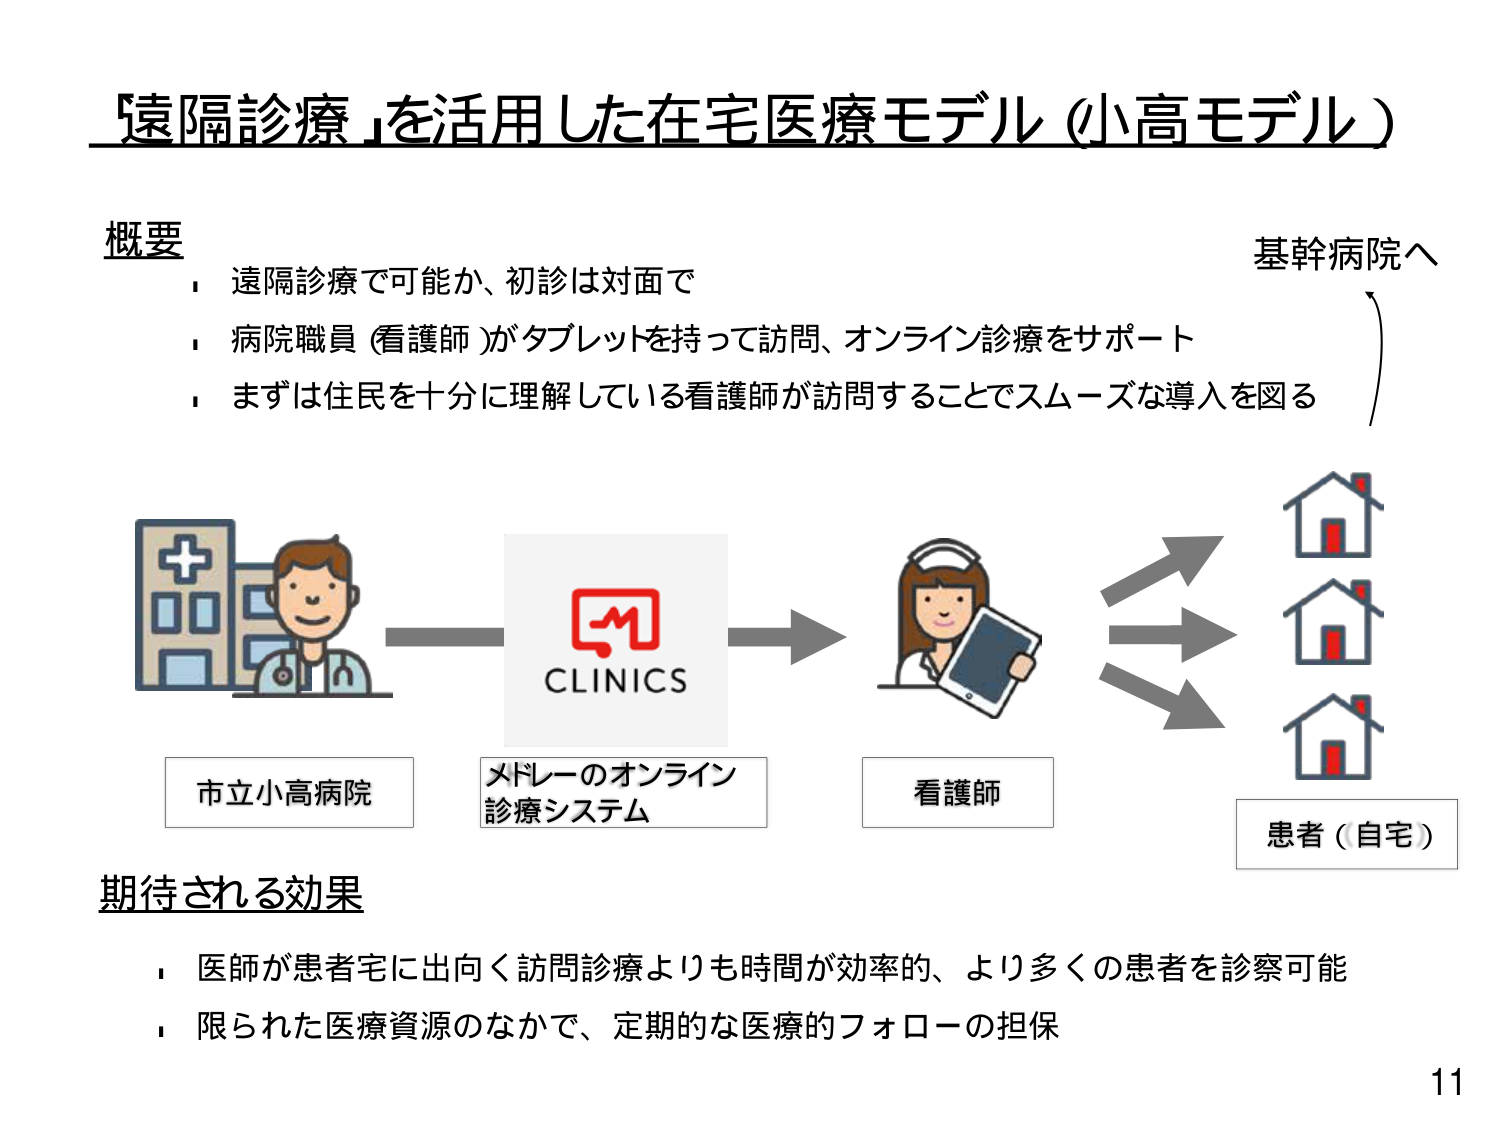
『遠隔診療』を活用した在宅医療モデル（小高モデル）

概要
・遠隔診療で可能か、初診は対面で
・病院職員（看護師）がタブレットを持って訪問、オンライン診療をサポート
・まずは住民を十分に理解している看護師が訪問することでスムーズな導入を図る

市立小高病院
メドレーのオンライン診療システム
看護師
患者（自宅）

基幹病院へ

期待される効果
・医師が患者宅に出向く訪問診療よりも時間が効率的、より多くの患者を診察可能
・限られた医療資源のなかで、定期的な医療的フォローの担保

11